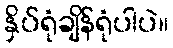
နှိပ်ရုံချိန်ရုံပါပဲ။